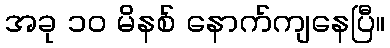
အခု ၁၀ မိနစ် နောက်ကျနေပြီ။